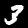
Label: 3